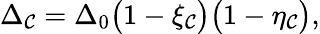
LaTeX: \Delta_{\mathcal{C}}=\Delta_{0}\big(1-\xi_{\mathcal{C}}\big)\big(1-\eta_{\mathcal{C}}\big),